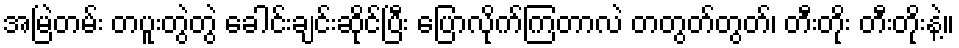
အမြဲတမ်း တပူးတွဲတွဲ ခေါင်းချင်းဆိုင်ပြီး ပြောလိုက်ကြတာလဲ တတွတ်တွတ်၊ တီးတိုး တီးတိုးနဲ့။